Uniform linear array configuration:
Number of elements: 8
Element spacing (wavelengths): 0.25
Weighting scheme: kaiser
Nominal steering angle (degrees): -30
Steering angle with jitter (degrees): -30.415
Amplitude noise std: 0.05
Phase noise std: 0.05

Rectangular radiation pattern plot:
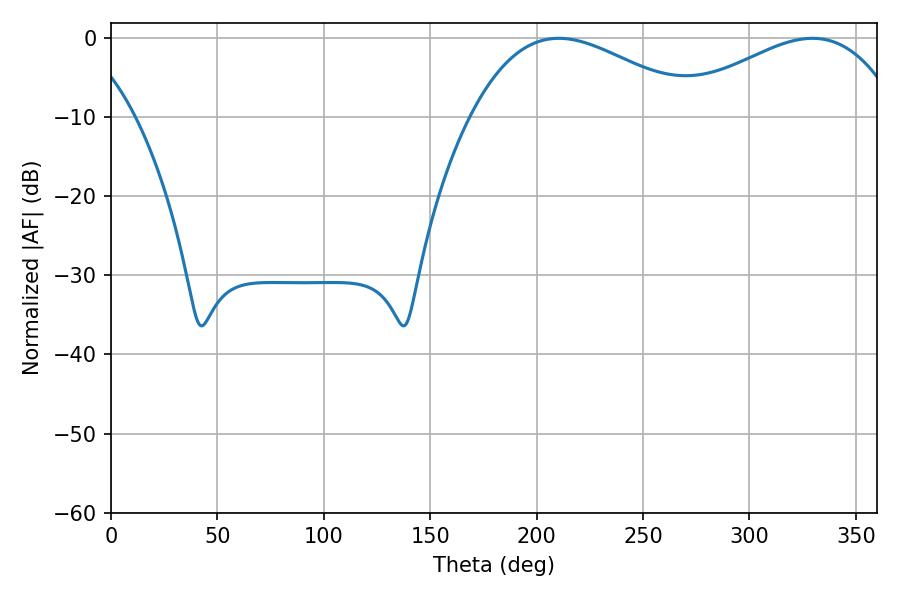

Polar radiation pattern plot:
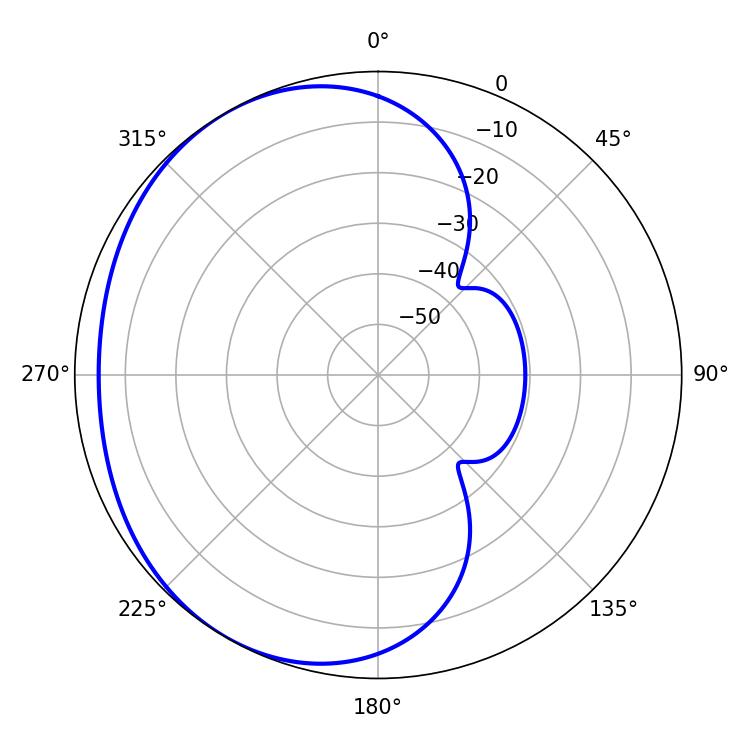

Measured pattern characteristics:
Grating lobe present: FALSE
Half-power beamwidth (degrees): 58.5
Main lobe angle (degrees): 210.42